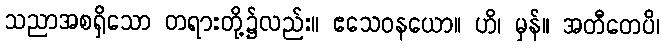
သညာအစရှိသော တရားတို့၌လည်း။ ဧသေဝနယော။ ဟိ၊ မှန်။ အတီတေပိ၊